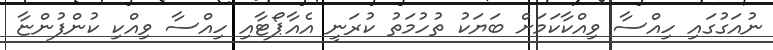
ނުއަގުގައި ހިއްސާ ވިއްކާކަމަށް ބަޔަކު ތުހުމަތު ކުރަނީ އެއާޕޯޓާއި ހިއްސާ ވިއްކި ކުންފުންޏާ